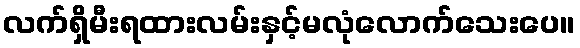
လက်ရှိမီးရထားလမ်းနှင့်မလုံလောက်သေးပေ။